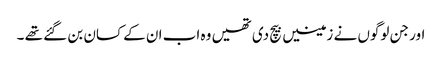
اور جن لوگوں نے زمینیں بیچ دی تھیں وہ اب ان کے کسان بن گئے تھے ۔